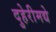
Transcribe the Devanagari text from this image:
दुहेरीमद्ये